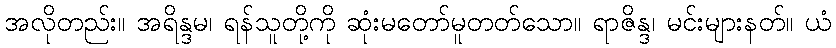
အလိုတည်း။ အရိန္ဒမ၊ ရန်သူတို့ကို ဆုံးမတော်မူတတ်သော။ ရာဇိန္ဒ၊ မင်းများနတ်။ ယံ